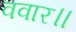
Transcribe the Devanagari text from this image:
ववार॥